Lunatic asylums Madras 1892-1911 - 1892-1911
Year: 1892
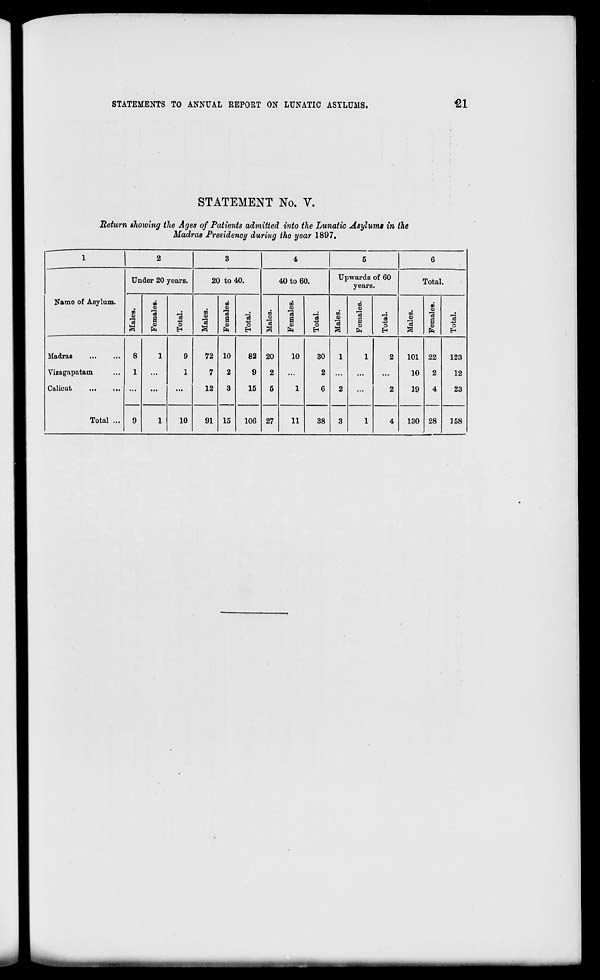
STATEMENTS TO ANNUAL REPORT ON LUNATIC ASYLUMS.
€1
STATEMENT No. V.
Beturn showing the Ages of Patients admitted into the Lunatic Asylums in the
Madras Presidency during the year 1897.
-
1
■
1
,
3
4
5
6
Name of Asylum.
Under 20 years.
20 to 40.
40 to 60.
Upwards of 60
years.
Total.
ED
CD
3
00
CD
"3
a 3
•a
o
H
eg
"3
CO
CD
3
B
CD
ft
"3 -u
O
09
CD
3
CO
CO
3
a s
ft
d
O
H
w
CO
13
3
to
CO
3
S
CO
*e8
O
En
CD
CO
"3
09
CO
"3
1
CO
3
EH
Madras
...
Vizagapatam
Calicut
...
...
Total ...
8
1
9
1
9
1
72
7
12
10
2
3
15
82
9
15
20
2
5
10
1
30
2
6
1
2
3
1
2
2
101
10
19
22
2
4
28
123
12
23
1
10
91
106 27
11
38
1
4
130
158